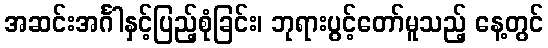
အဆင်းအင်္ဂါနှင့်ပြည့်စုံခြင်း၊ ဘုရားပွင့်တော်မူသည့် နေ့တွင်